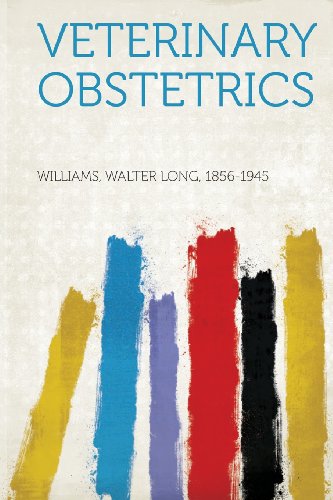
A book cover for Veterinary Obstetrics; Medical Books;